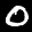
Digit: 0